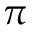
\pi